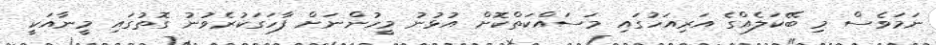
ނަމަވެސް މި ބޭކަލެއްގެ އަރިއަހުގައި މަސައްކަތްކޮށް އުޅުނު މީހުންނަށް ފާހަގަކުރެވުނު ގޮތުގައި މީނާއަކީ